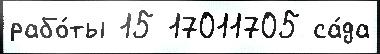
рабо́ты 15 17011705 са́да